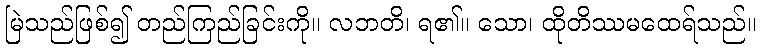
မြဲသည်ဖြစ်၍ တည်ကြည်ခြင်းကို။ လဘတိ၊ ရ၏။ သော၊ ထိုတိဿမထေရ်သည်။